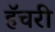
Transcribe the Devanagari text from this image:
हॅचरी